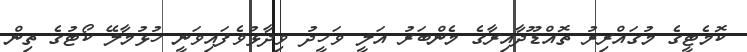
ކޮމެޓީގެ މުގައްރިރު ތޮއްޑޫދާއިރާގެ މެންބަރު އަލީ ވަހީދު ވިދާޅުވެފައިވަނީ ހުޅުމާލޭ ކޯޓުގެ ތިން